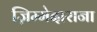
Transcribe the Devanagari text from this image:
ज़िम्मेदाराना